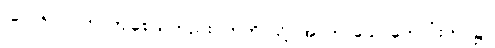
(ပေ-၆၁၇) တု၊ ကျစေသတည်း။ ဣတိ၊ သို့။ အာကာသေ၊ ကောင်းကင်၌။